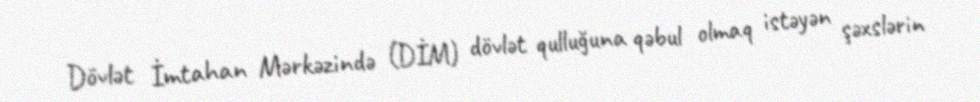
Dövlət İmtahan Mərkəzində (DİM) dövlət qulluğuna qəbul olmaq istəyən şəxslərin